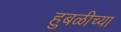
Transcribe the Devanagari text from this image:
हुबळीच्या